Subject: stat
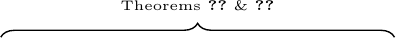
LaTeX code:
\begin{tikzpicture}
    \draw [decorate, decoration={brace,amplitude=5pt},line width=0.5pt] (0,0) -- (5,0);

    \node at (2.5,0.4) {\tiny Theorems~\ref{thm:nonparam_dis_cont_a}~\&~\ref{thm:nonparam_dis_disc_a}};
\end{tikzpicture}